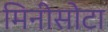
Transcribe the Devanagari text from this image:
मिनीसोटा